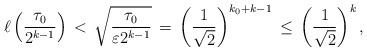
LaTeX: \begin{align*}\ell \left( \frac{\tau_{0}}{2^{k-1}} \right) \, < \, \sqrt{ \frac{\tau_{0}}{\varepsilon 2^{k-1}} } \, = \, \left( \frac{1}{\sqrt{2}}\right)^{k_0 + k-1} \, \leq \, \left( \frac{1}{\sqrt{2}}\right)^{k},\end{align*}